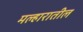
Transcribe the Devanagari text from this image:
मल्हारातील